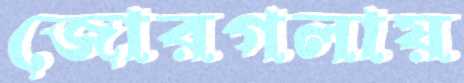
জোরগলায়